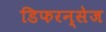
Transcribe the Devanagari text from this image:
डिफरन्सेज